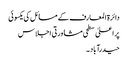
دائرۃ المعارف کے مسائل کی یکسوئی
پر اعلیٰ سطحی مشاورتی اجلاس
حیدرآباد ۔